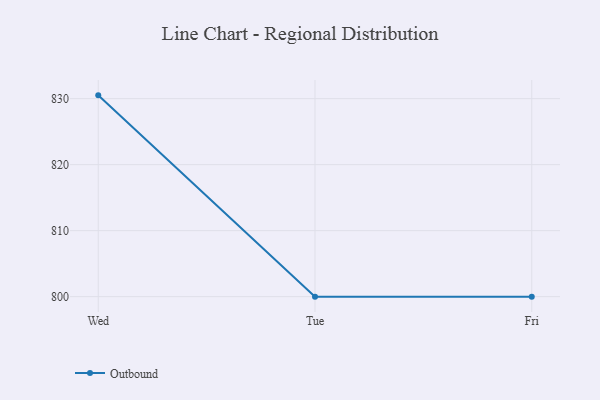
{"axis": {"x": "Day", "y": "Satisfaction Score"}, "legend": ["Outbound"], "data": [{"x": "Wed", "y": 830.5, "type": "Outbound"}, {"x": "Tue", "y": 800, "type": "Outbound"}, {"x": "Fri", "y": 800, "type": "Outbound"}]}